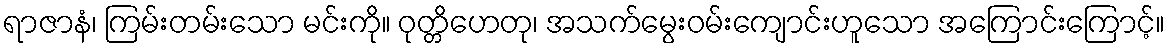
ရာဇာနံ၊ ကြမ်းတမ်းသော မင်းကို။ ဝုတ္တိဟေတု၊ အသက်မွေးဝမ်းကျောင်းဟူသော အကြောင်းကြောင့်။